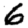
Digit: 6